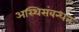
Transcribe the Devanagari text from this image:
अस्थिसंबन्धन